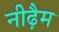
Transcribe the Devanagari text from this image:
नीढ़ैम